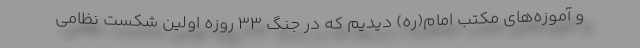
و آموزه‌های مکتب امام(ره) دیدیم که در جنگ ۳۳ روزه اولین شکست نظامی